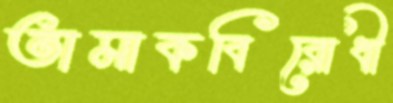
তামাকবিরোধী